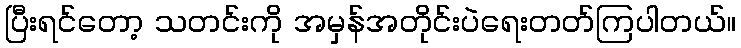
ပြီးရင်တော့ သတင်းကို အမှန်အတိုင်းပဲရေးတတ်ကြပါတယ်။